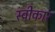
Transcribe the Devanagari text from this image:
स्वीेकार